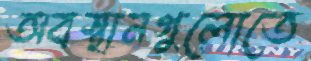
অবস্থানগুলোতে